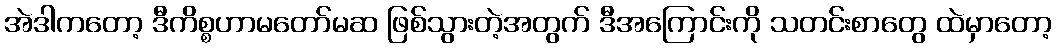
အဲဒါကတော့ ဒီကိစ္စဟာမတော်မဆ ဖြစ်သွားတဲ့အတွက် ဒီအကြောင်းကို သတင်းစာတွေ ထဲမှာတော့